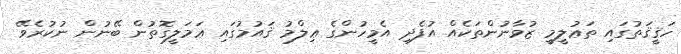
ހަޤީޤަތުގައި ތަޢުލީމީ ޒުވާނުންތަކެއް އުފެދި އެމީހުންގެ ޢިލްމު ޤައުމުގައި ޢަމަލީގޮތުން ބޭނުން ނުކުރެވޭ